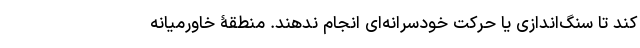
کند تا سنگ‌اندازی یا حرکت خودسرانه‌ای انجام ندهند. منطقۀ خاورمیانه